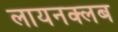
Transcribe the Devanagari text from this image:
लायनक्लब